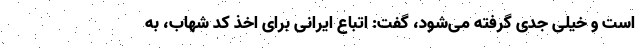
است و خیلی جدی گرفته می‌شود، گفت: اتباع ایرانی برای اخذ کد شهاب، به